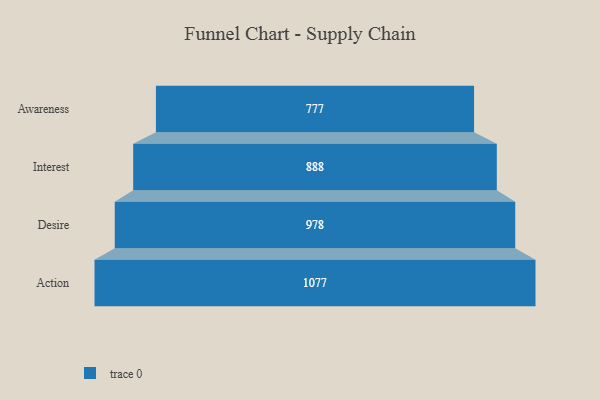
{"axis": {"x": "Stage", "y": "Value"}, "legend": [""], "data": [{"x": "Awareness", "y": 777.0, "type": ""}, {"x": "Interest", "y": 888.0, "type": ""}, {"x": "Desire", "y": 978.0, "type": ""}, {"x": "Action", "y": 1077.0, "type": ""}]}